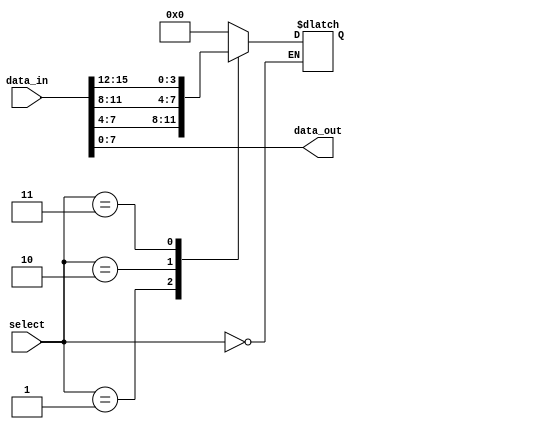
module part_select_example (
    input wire [15:0] data_in,        // 16-bit input data
    input wire [3:0] select,          // 4-bit select signal to choose which bits to assign
    output wire [7:0] data_out        // 8-bit output data
);

// Continuous assignment using part select
assign data_out = data_in[7:0];     // Assign the lower 8 bits of data_in to data_out

// Example of manipulating specific bits using part select
always @(*) begin
    case (select)
        4'b0000: data_out[3:0] = data_in[3:0];  // Assign lower 4 bits
        4'b0001: data_out[3:0] = data_in[7:4];  // Assign next 4 bits
        4'b0010: data_out[3:0] = data_in[11:8]; // Assign next 4 bits
        4'b0011: data_out[3:0] = data_in[15:12];// Assign upper 4 bits
        default: data_out[3:0] = 4'b0000;        // Default case
    endcase
end

endmodule